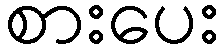
စားပေး